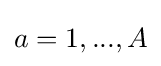
a=1,...,A